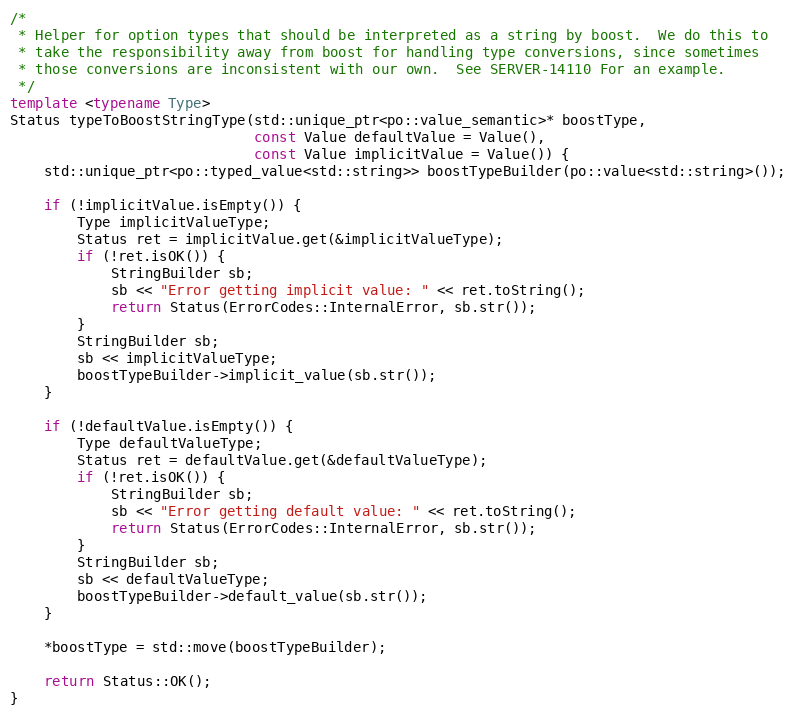
Language: C++
/*
 * Helper for option types that should be interpreted as a string by boost.  We do this to
 * take the responsibility away from boost for handling type conversions, since sometimes
 * those conversions are inconsistent with our own.  See SERVER-14110 For an example.
 */
template <typename Type>
Status typeToBoostStringType(std::unique_ptr<po::value_semantic>* boostType,
                             const Value defaultValue = Value(),
                             const Value implicitValue = Value()) {
    std::unique_ptr<po::typed_value<std::string>> boostTypeBuilder(po::value<std::string>());

    if (!implicitValue.isEmpty()) {
        Type implicitValueType;
        Status ret = implicitValue.get(&implicitValueType);
        if (!ret.isOK()) {
            StringBuilder sb;
            sb << "Error getting implicit value: " << ret.toString();
            return Status(ErrorCodes::InternalError, sb.str());
        }
        StringBuilder sb;
        sb << implicitValueType;
        boostTypeBuilder->implicit_value(sb.str());
    }

    if (!defaultValue.isEmpty()) {
        Type defaultValueType;
        Status ret = defaultValue.get(&defaultValueType);
        if (!ret.isOK()) {
            StringBuilder sb;
            sb << "Error getting default value: " << ret.toString();
            return Status(ErrorCodes::InternalError, sb.str());
        }
        StringBuilder sb;
        sb << defaultValueType;
        boostTypeBuilder->default_value(sb.str());
    }

    *boostType = std::move(boostTypeBuilder);

    return Status::OK();
}